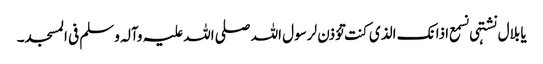
یا بلال نشتہی نسمع اذانک الذی کنت تؤذن لرسول اللہ صلی اللہ علیہ وآلہ وسلم فی المسجد۔